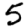
Digit: 5